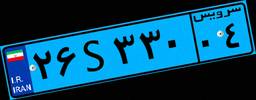
۲۶S۳۳۰۰۴